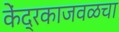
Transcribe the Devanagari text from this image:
केंद्रकाजवळचा